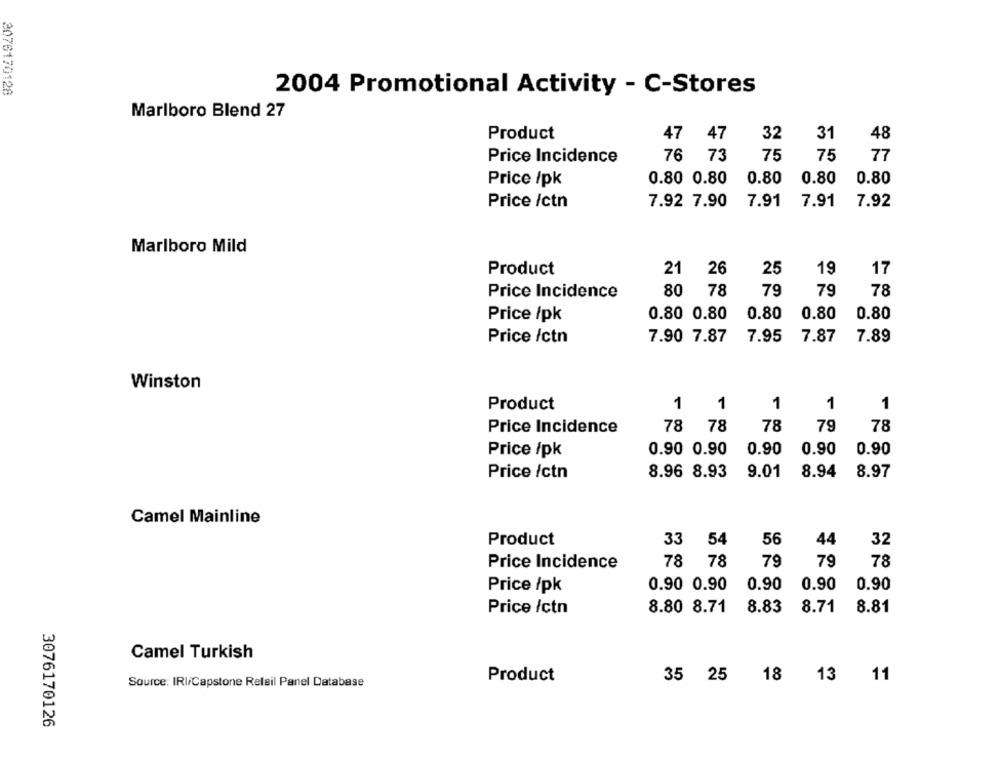
2076170128
2004 Promotional Activity - C-Stores
Marlboro Blend 27
Product
47 47
32
31
48
Price Incidence
76 73
75
75
77
Price /pk
0.80 0.80
0.80
0.80
0.80
Price /ctn
7.92 7.90
7.91
7.91
7.92
Marlboro Mild
Product
21
26
25
19
17
Price Incidence
80
78
79
79
78
Price /pk
0.80 0.80
0.80
0.80
0.80
Price /ctn
7.90 7.87
7.95
7.87
7.89
Winston
1
1
Product
1
1
1
78
79
78
Price Incidence
78
78
0.90
0.90
0.90
Price /pk
0.90 0.90
8.94
8.97
Price /ctn
8.96 8.93
9.01
Camel Mainline
Product
33
54
44
32
56
78 78
79
79
78
Price Incidence
0.90 0.90
0.90
0.90
0.90
Price /pk
8.80 8.71
8.83
8.71
8.81
Price /ctn
Camel Turkish
Product
35 25
18
13 11
Source: IRI/Capstone Relail Panel Database
3076170126